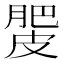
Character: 𰮿